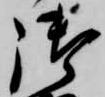
御